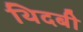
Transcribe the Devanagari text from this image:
थिदबी